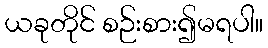
ယခုတိုင် စဉ်းစား၍မရပါ။